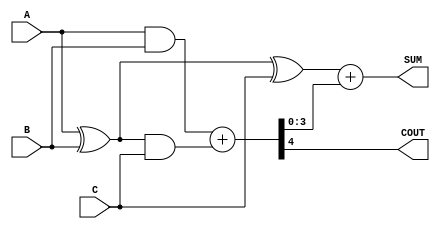
module ModifiedCarrySaveAdder (
    input  [3:0] A,   // First operand
    input  [3:0] B,   // Second operand
    input  [3:0] C,   // Third operand
    output [4:0] SUM, // 5-bit sum output
    output        COUT // Carry out
);
    
    // Intermediate sum and carry signals for carry save addition
    wire [3:0] sum1, sum2, carry1, carry2;

    // Stage 1: Compute first pair of sums and carries
    assign sum1 = A ^ B;         // Partial sum of A and B
    assign carry1 = A & B;       // Carry from A and B

    // Stage 2: Compute final sums and carries
    assign sum2 = sum1 ^ C;      // Partial sum including C
    assign carry2 = sum1 & C;    // Carry from sum1 and C

    // Combine carries
    wire [4:0] final_carry;
    assign final_carry = {1'b0, carry1} + {1'b0, carry2}; // Two carries summed with potential overflow

    // Final outputs
    assign SUM = sum2 + final_carry[3:0]; // Final sum, including calculated carries
    assign COUT = final_carry[4];          // Carry out includes overflow from carry addition

endmodule